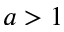
a > 1